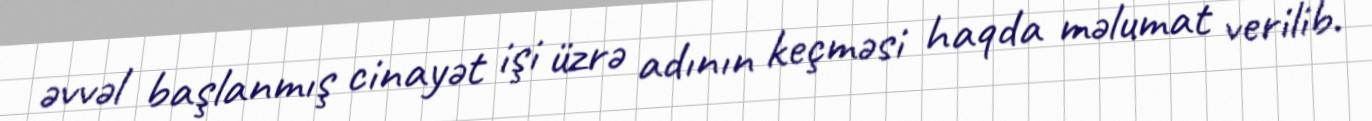
əvvəl başlanmış cinayət işi üzrə adının keçməsi haqda məlumat verilib.